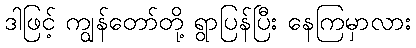
ဒါဖြင့် ကျွန်တော်တို့ ရွာပြန်ပြီး နေကြမှာလား